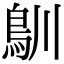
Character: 𩾧